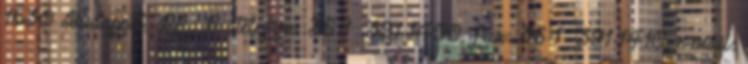
1530 Budapest, Pf.: 5., telefon: 36-1 391-1400, fax: 36-1 391-1410, e-mail: